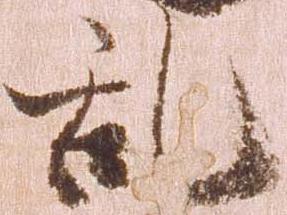
乱